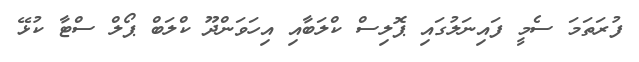
ފުރަތަމަ ސެމީ ފައިނަލުގައި ޕޮލިސް ކްލަބާއި އިހަވަންދޫ ކްލަބް ޕޯލް ސްޓާ ކުޅޭ